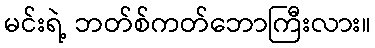
မင်းရဲ့ ဘတ်စ်ကတ်ဘောကြီးလား။